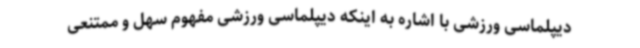
دیپلماسی ورزشی با اشاره به اینکه دیپلماسی ورزشی مفهوم سهل و ممتنعی